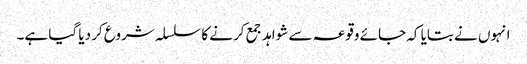
انہوں نے بتایا کہ جائے وقوعہ سے شواہد جمع کرنے کا سلسلہ شروع کر دیا گیا ہے۔